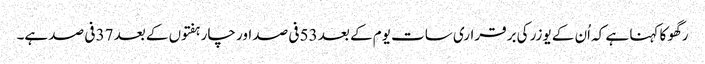
رگھو کا کہنا ہے کہ اُن کے یوزر کی برقراری سات یوم کے بعد 53 فی صد اور چار ہفتوں کے بعد 37 فی صد ہے۔